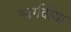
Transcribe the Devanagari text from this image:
भार्गवीया